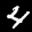
Label: 4